Civil Veterinary Department. Madras. Admin. report 1926-33 - 1926-1933
Year: 1926
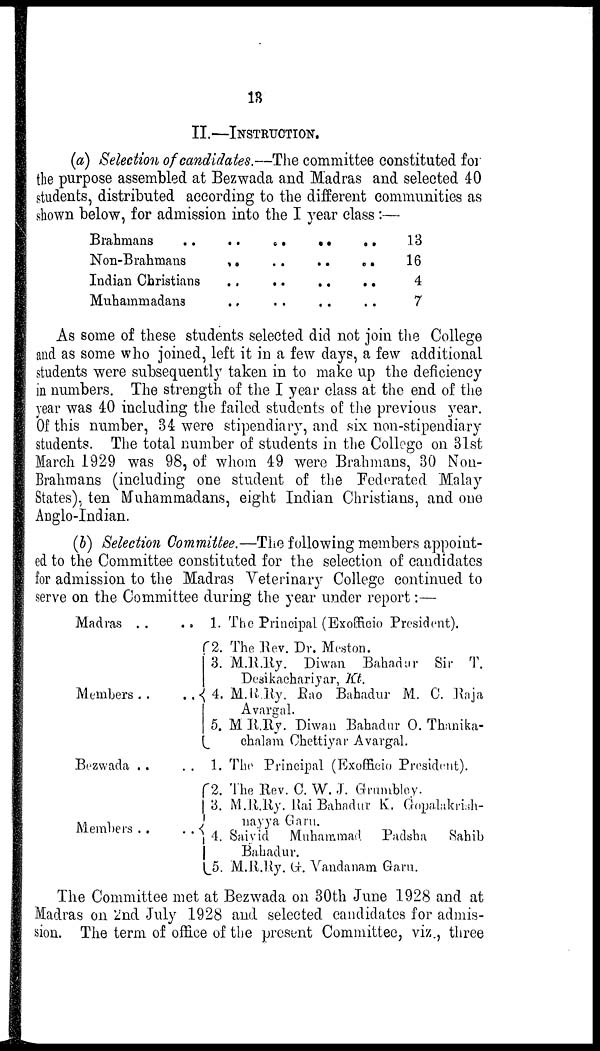
13
II.—INSTRUCTION.
(a) Selection of candidates.—The committee constituted for
the purpose assembled at Bezwada and Madras and selected 40
students, distributed according to the different communities as
shown below, for admission into the I year class :—
Brahmans ..
Non-Brahmans
Indian Christians
Muhammadans
..
..
..
..
..
..
..
..
..
..
..
..
..
..
..
..
13
16
4
7
As some of these students selected did not join the College
and as some who joined, left it in a few days, a few additional
students were subsequently taken in to make up the deficiency
in numbers. The strength of the I year class at the end of the
year was 40 including the failed students of the previous year.
Of this number, 34 were stipendiary, and six non-stipendiary
students. The total number of students in the College on 31st
March 1929 was 98, of whom 49 were Brahmans, 30 Non-
Brahmans (including one student of the Federated Malay
States), ten Muhammadans, eight Indian Christians, and one
Anglo-Indian.
(b) Selection Committee.—The following members appoint-
ed to the Committee constituted for the selection of candidates
for admission to the Madras Veterinary College continued to
serve on the Committee during the year under report:—
Madras .. ..
Members
..
..
Bezwada .. ..
Members
..
..
1. The Principal (Exofficio President).
2. The Rev. Dr. Meston.
3. M.R.Ry. Diwan Bahadur Sir T.
Desikachariyar, Kt.
4. M.R.Ry. Rao Bahadur M. C. Raja
Avargal.
5. M R.Ry. Diwan Bahadur O. Thanika-
chalam Chettiyar Avargal.
1. The Principal (Exofficio President).
2. The Rev. C. W. J. Grumbley.
3. M.R.Ry. Rai Bahadur K. Gopalakrish-
nayya Garu.
4. Saivid Muhammad Padsha
Sahib
|
Bahadur.
5. M.R.Ry. G. Vandanam Garu.
The Committee met at Bezwada on 30th June 1928 and at
Madras on 2nd July 1928 and selected candidates for admis-
sion. The term of office of the present Committee, viz., three